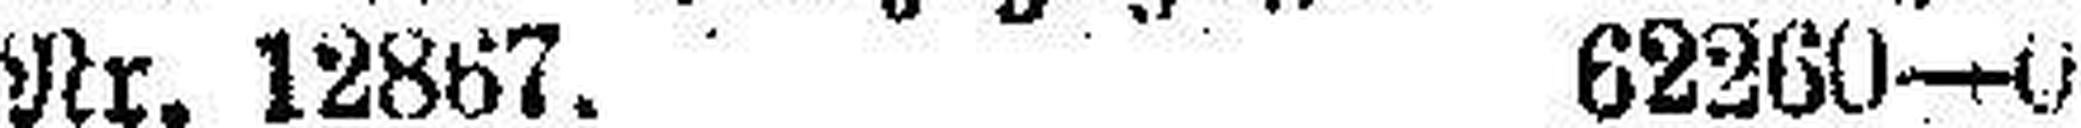
Nr. 12867. 62260—0